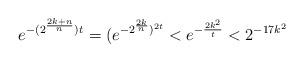
LaTeX: \begin{align*}e^{-(2^{\frac {2k+n}n})t}=(e^{-2^{\frac {2k}n})^{2t}} < e^{-\frac{2k^2}t}< 2^{-17k^2}\end{align*}